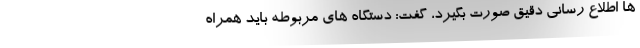
ها اطلاع رسانی دقیق صورت بگیرد، گفت: دستگاه های مربوطه باید همراه